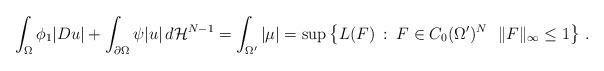
LaTeX: \begin{align*}\int_{\Omega} \phi_1|Du|+\int_{\partial\Omega}\psi|u|\, d\mathcal H^{N-1}=\int_{\Omega'} |\mu|=\sup\left\{L( F)\>:\> F\in C_0(\Omega')^N\ \ \|F\|_\infty\le1\right\}\,.\end{align*}